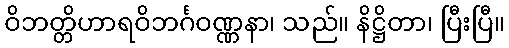
ဝိဘတ္တိဟာရဝိဘင်္ဂဝဏ္ဏနာ၊ သည်။ နိဋ္ဌိတာ၊ ပြီးပြီ။